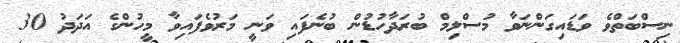
ނިސްބަތްވެ ވަޑައިގަންނަވާ މުސްލިމް ބުރަދާހުޑުން ބުނެފައި ވަނީ މަރުވެފައިވާ މީހުންގެ އަދަދު 30